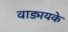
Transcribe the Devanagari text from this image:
वाड्मयके